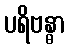
ပရိဗန္ဓာ